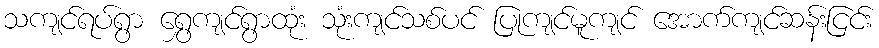
သကျင်ရပ်ရွာ ရွှေကျင်ရွာထုံး သုံးကျင်သစ်ပင် ပြုကျင်မူကျင် အောက်ကျင်ဆန်းငြင်း